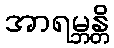
အာရမ္ဘန္တိ